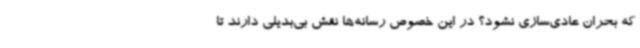
که بحران عادی‌سازی نشود؟ در این خصوص رسانه‌ها نقش بی‌بدیلی دارند تا